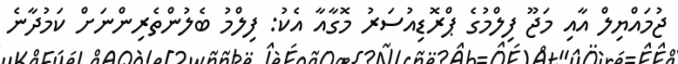
ޖުމައްޔިލް އާއި މަޖޫ ފިލްމުގެ ޕްރޮޑިއުސަރު މޮގާއާ އެކު: ފިލްމު ބެލުންތެރިންނަށް ކަމުދާނެ